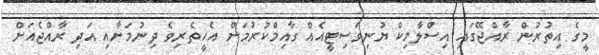
މީގެ އިތުރުން ރާއްޖޭގައި އިސްލާމިކް ޔުނިވަސިޓީއެއް ގާއިމްކުރުމަށް އެހީތެރިވެ ދިނުމަށާއި އަދި ރާއްޖެއަށް